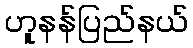
ဟူနန်ပြည်နယ်